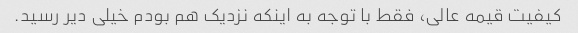
کیفیت قیمه عالی، فقط با توجه به اینکه نزدیک هم بودم خیلی دیر رسید.